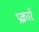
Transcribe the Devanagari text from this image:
प्रक्रारे